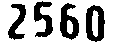
2560